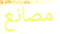
مصانع